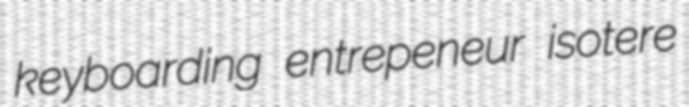
keyboarding entrepeneur isotere